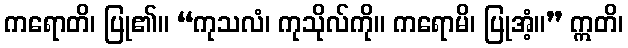
ကရောတိ၊ ပြု၏။ “ကုသလံ၊ ကုသိုလ်ကို။ ကရောမိ၊ ပြုအံ့။” ဣတိ၊